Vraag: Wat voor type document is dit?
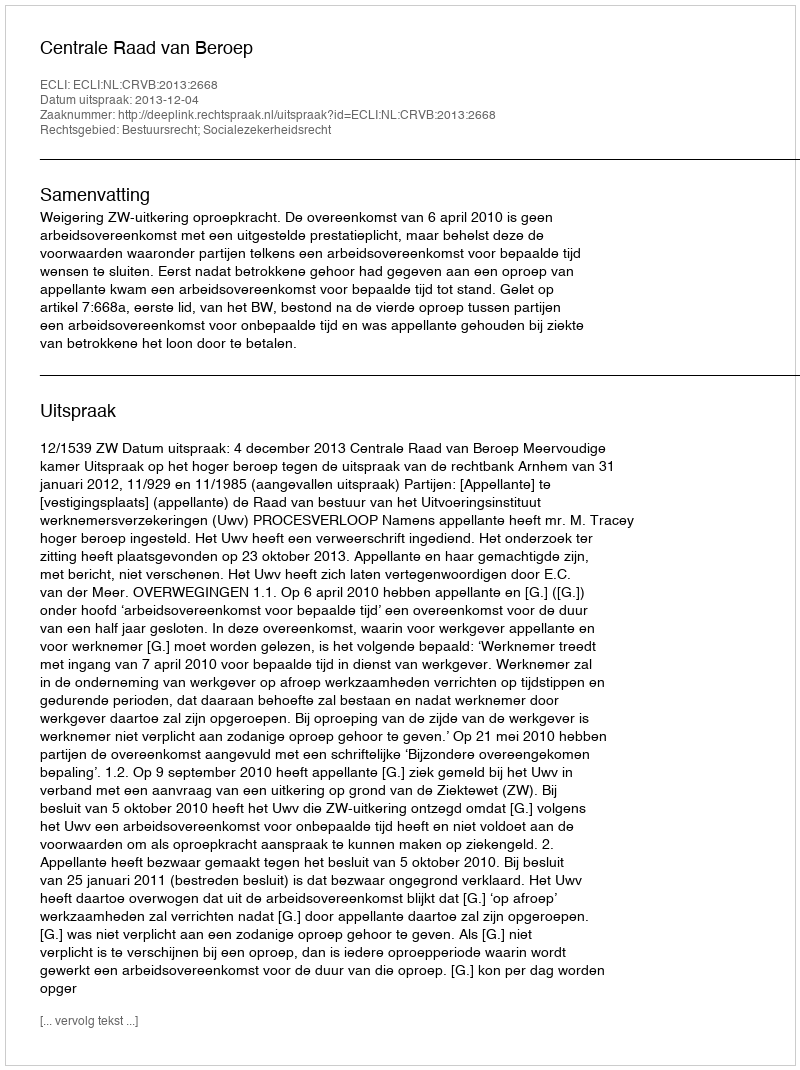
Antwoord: Uitspraak